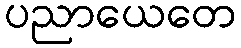
ပညာယေတေ